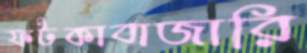
ফটকাবাজারি